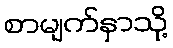
စာမျက်နှာသို့